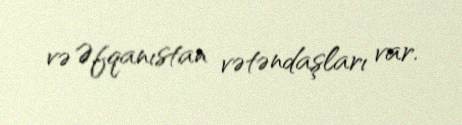
və Əfqanıstan vətəndaşları var.